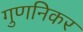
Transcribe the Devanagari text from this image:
गुणनिकर